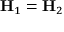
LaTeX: \mathbf { H } _ { 1 } = \mathbf { H } _ { 2 }